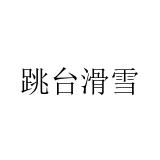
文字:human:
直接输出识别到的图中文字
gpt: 跳台滑雪